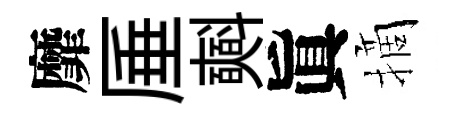
靡厜𣂏眞摘